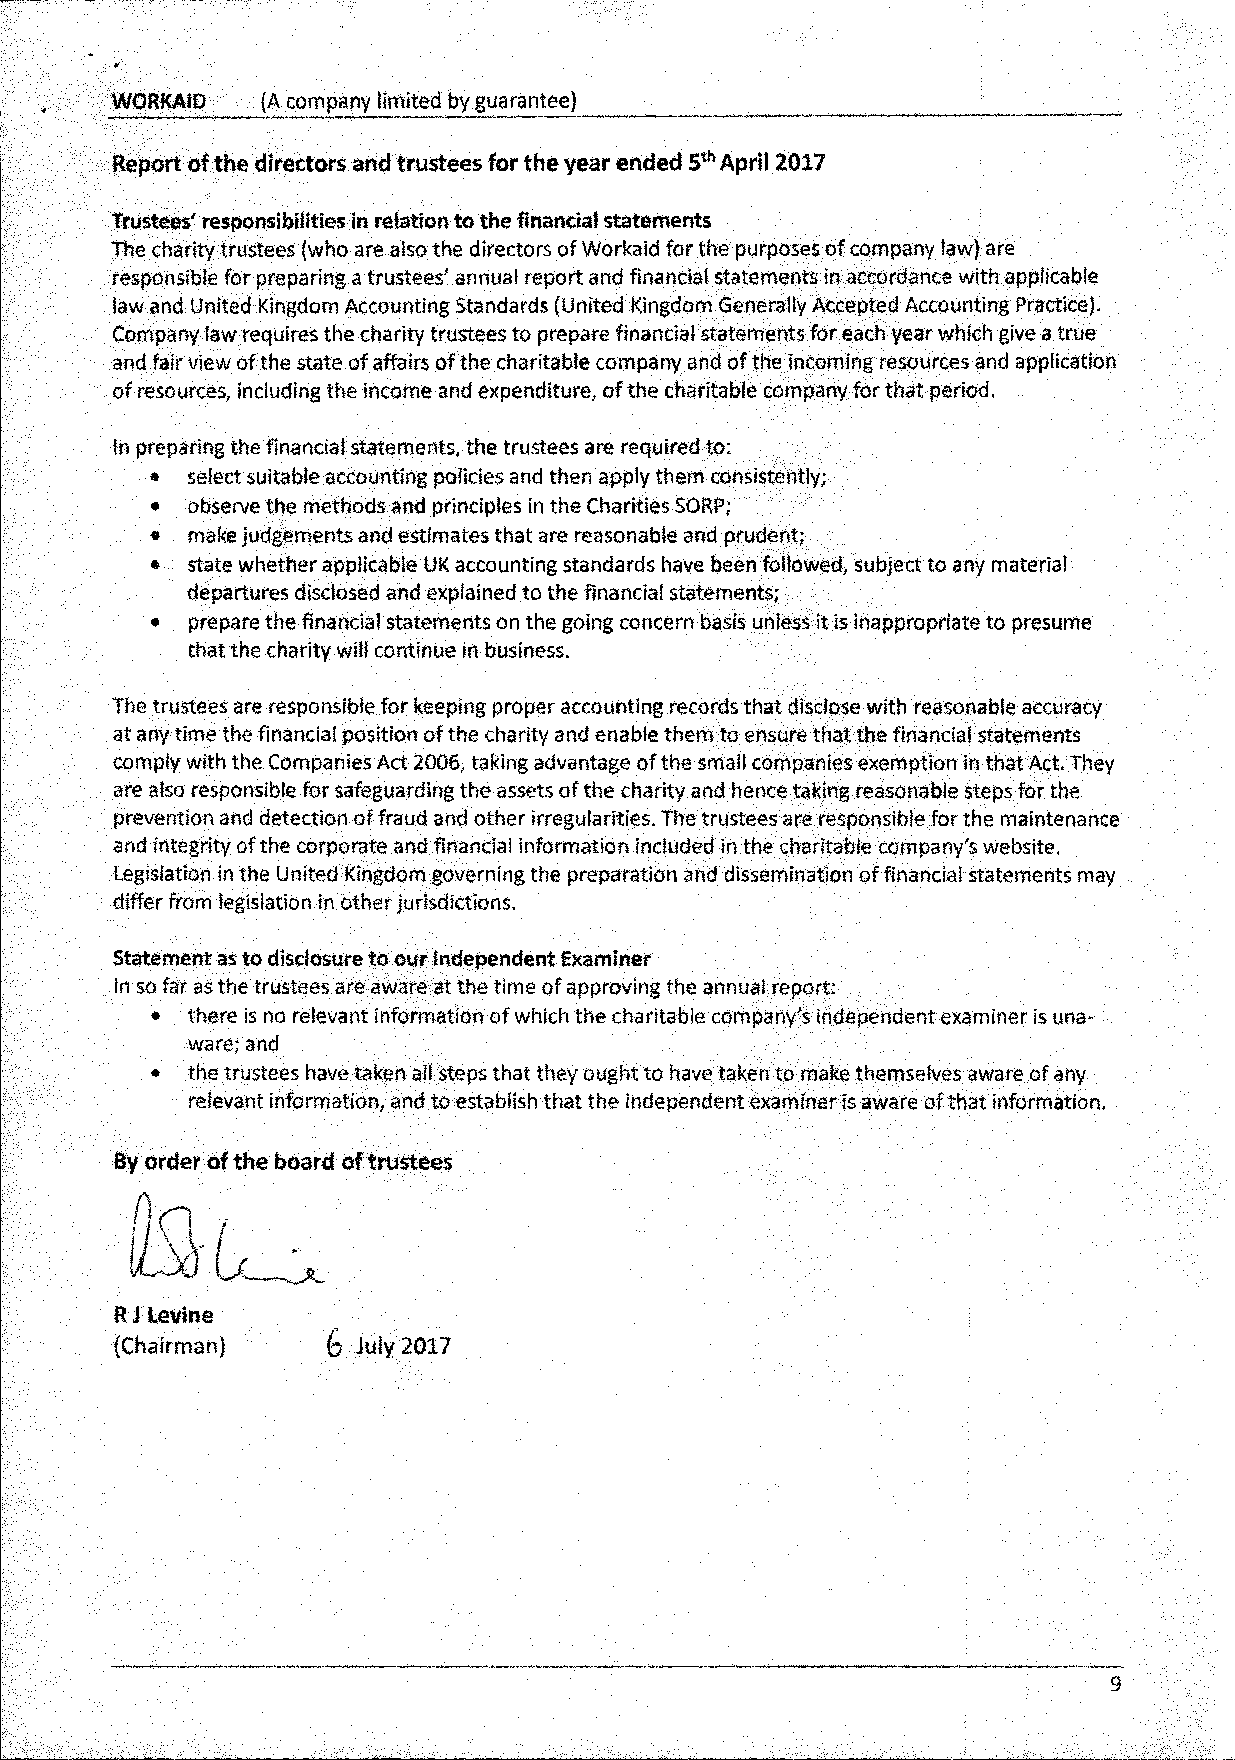
WORKAID   (A company limited by guarantee)
 Report of the directors and trustees for the year ended 5th April 2017
 Trustees' responsibilities in relation to the financial statements
 The charity trustees (who are also the directors of Workaid for the purposes of company law) are
 responsible for preparing a trustees' annual report and financial statements in accordance with applicable
 law and United Kingdom Accounting Standards (United Kingdom Generally Accepted Accounting Practice).
 Company law requires the charity trustees to prepare financial statements for each year which give a true
 arid fair view of the state of affairs of the charitable company and of the incoming resources and application
 of resources, including the income and expenditure, of the charitable company for that period.
 In preparing the financial statements, the trustees are required to:
 • select suitable accounting policies and then apply them consistently;
 • observe the methods and principles in the Charities SORP;
 • make judgements and estimates that are reasonable and prudent;
 • state whether applicable UK accounting standards have been followed, subject to any material
 departures disclosed and explained to the financial statements;
 • prepare the financial statements on the going concern basis unless it is inappropriate to presume
 that the charity will continue in business.
 The trustees are responsible for keeping proper accounting records that disclose with reasonable accuracy
 at any time the financial position of the charity and enable them to ensure that the financial statements
 comply with the Companies Act 2006, taking advantage of the small companies exemption in that Act. They
 are also responsible for safeguarding the assets of the charity and hence taking reasonable steps for the
 prevention and detection of fraud and other irregularities. The trustees are responsible for the maintenance
 and integrity of the corporate and financial information included in the charitable company's website.
 Legislation in the United Kingdom governing the preparation and dissemination of financial statements may
 differ from legislation in other jurisdictions.
 Statement as to disclosure to our Independent Examiner
 In so far as the trustees are aware at the time of approving the annual report:
 • there is no relevant information of which the charitable company's independent examiner is una-
 ware; and
 • the trustees have taken all steps that they ought to have taken to make themselves aware of any
 relevant information, and to establish that the independent examiner is aware of that information.
 By order of the board of trustees
 ij Levine
 (Chairman)     6 July 2017
 9